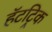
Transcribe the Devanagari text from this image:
हॅटट्रिक